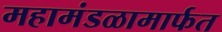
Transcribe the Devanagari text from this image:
महामंडळामार्फत